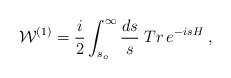
\begin{align*}{\cal W}^{(1)}={i\over 2}\int_{s_o}^\infty{ds\over s}\;Tr\,e^{-isH}\; ,\end{align*}